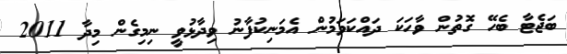
ބަޖެޓާ ބެހޭ ގޮތުން ވާހަކަ ދައްކަވަމުން އެމަނިކުފާނު ވިދާޅުވީ ނިމިގެން މިދާ 2011